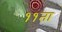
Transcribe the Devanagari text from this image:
११ता